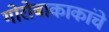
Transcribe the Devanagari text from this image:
गोरोबाकाकांचे